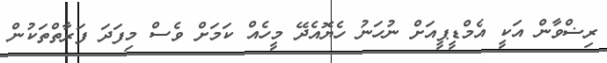
ރިޟްވާން އަކީ އެމްޑީޕީއަށް ނުހަނު ހެޔޮއެދޭ މީހެއް ކަމަށް ވެސް މިފަދަ ފަރާތްތަކުން